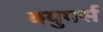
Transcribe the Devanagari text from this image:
क्युपर्स